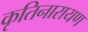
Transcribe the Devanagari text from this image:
कृतिनारायण